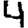
Digit: 4